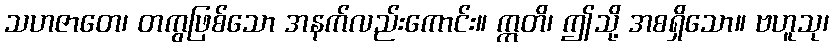
သဟဇာတေ၊ တကွဖြစ်သော အနက်လည်းကောင်း။ ဣတိ၊ ဤသို့ အစရှိသော။ ဗဟူသု၊